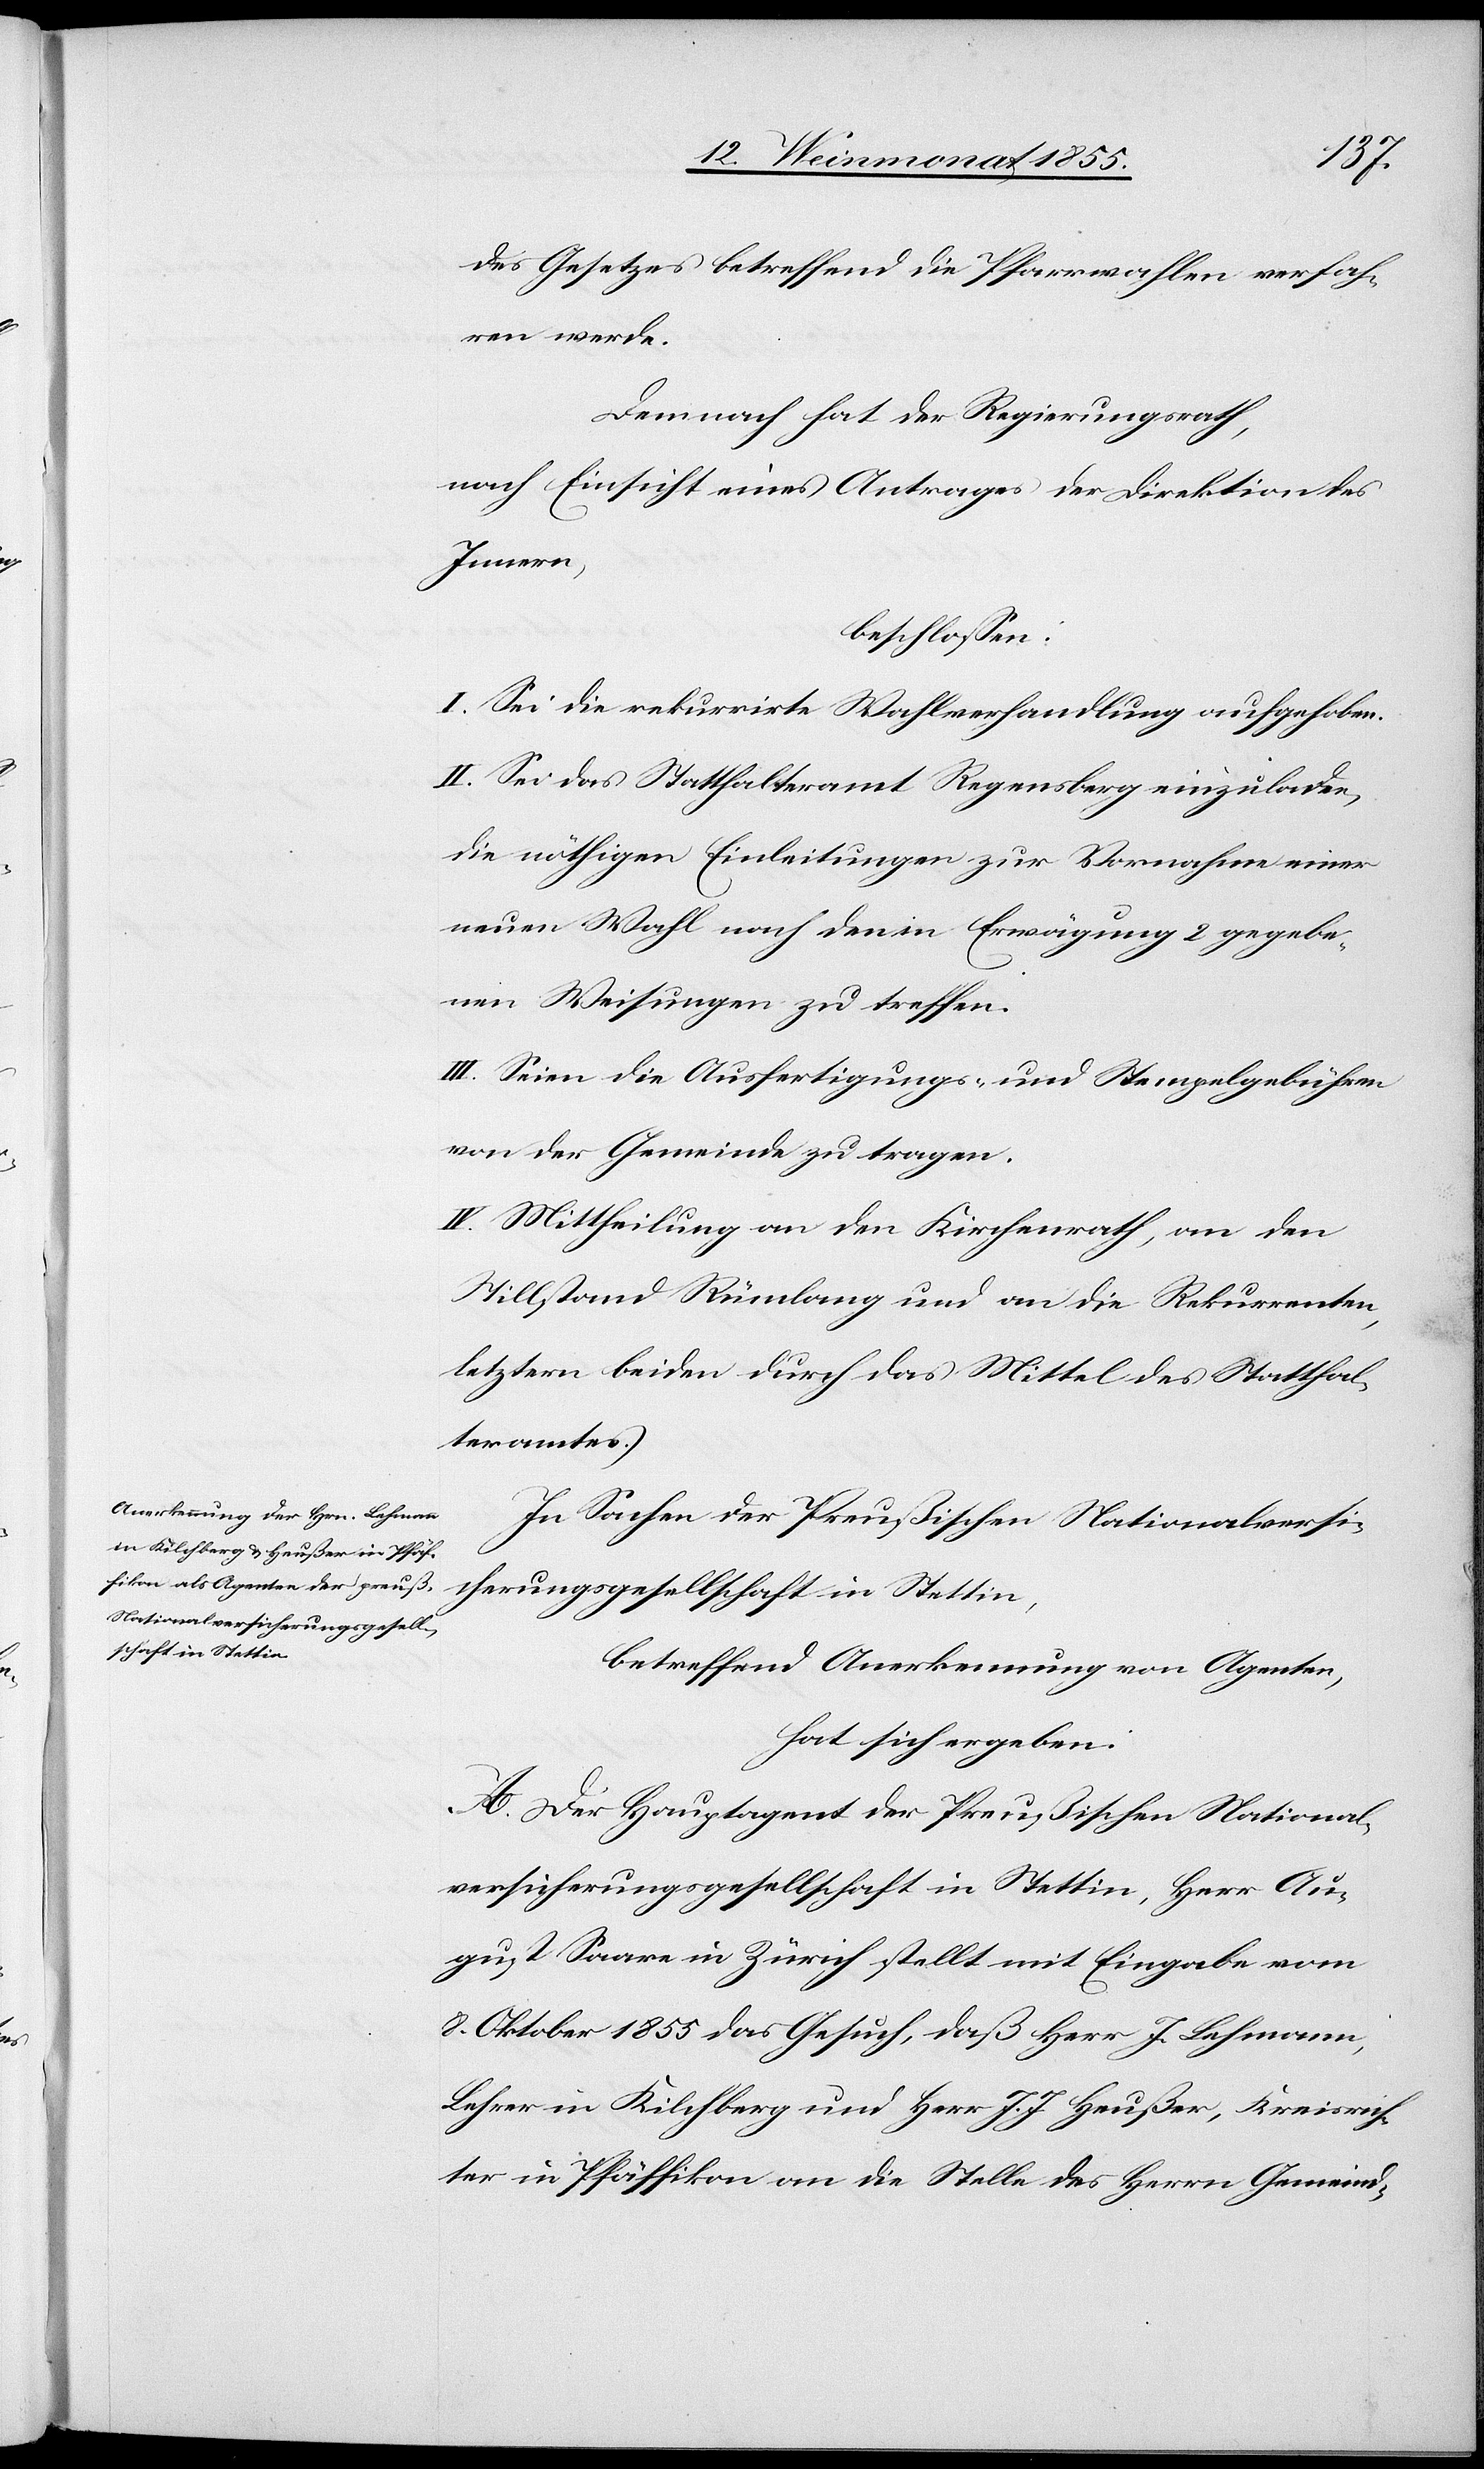
des Gesetzes betreffend die Pfarrwahlen verfah¬
ren werde.
Demnach hat der Regierungsrath,
nach Einsicht eines Antrages der Direktion des
Innern,
beschlossen:
I. Sei die rekurrirte Wahlverhandlung aufgehoben.
II. Sei das Statthalteramt Regensberg einzuladen,
die nöthigen Einleitungen zur Vornahme einer
neuen Wahl nach den in Erwägung 2 gegebe¬
nen Weisungen zu treffen.
III. Seien die Ausfertigungs- und Stempelgebühren
von der Gemeinde zu tragen.
IV. Mittheilung an den Kirchenrath, an den
Stillstand Rümlang und an die Rekurrenten,
letztern beiden durch das Mittel des Statthal¬
teramtes.
In Sachen der Preußischen Nationalversi¬
cherungsgesellschaft in Stettin,
betreffend Anerkennung von Agenten,
hat sich ergeben:
A. Der Hauptagent der Preußischen National¬
versicherungsgesellschaft in Stettin, Herr Au¬
gust Saare in Zürich stellt mit Eingabe vom
8. Oktober 1855 das Gesuch, daß Herr J. Lehmann,
Lehrer in Kilchberg und Herr J. J. Heußer, Kreisrich¬
ter in Pfäffikon an die Stelle des Herrn Gemeind-